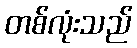
တစ်လုံးသည်